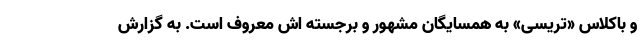
و باکلاس «تریسی» به همسایگان مشهور و برجسته اش معروف است. به گزارش